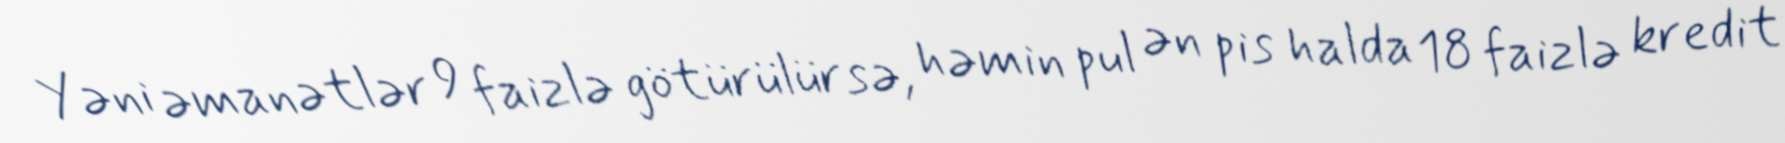
Yəni əmanətlər 9 faizlə götürülürsə, həmin pul ən pis halda 18 faizlə kredit